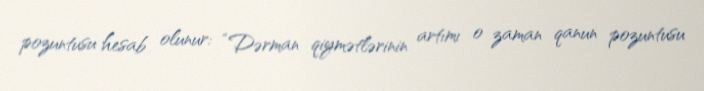
pozuntusu hesab olunur: “Dərman qiymətlərinin artımı o zaman qanun pozuntusu